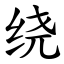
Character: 绕